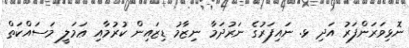
ނޮޅިވަރަންފަރު އަދި ޅ. ނައިފަރުގެ ނަރުދަމާ ނިޒާމު ޑިޒައިން ކުރުމާއި ޢަމަލީ މަސައްކަތް